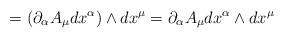
LaTeX: \begin{align*}=(\partial_\alpha A_\mu dx^\alpha ) \wedge dx^\mu =\partial_\alpha A_\mu dx^\alpha \wedge dx^\mu\end{align*}